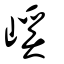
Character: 嵠